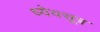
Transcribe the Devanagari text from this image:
ध्येयसूत्र